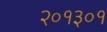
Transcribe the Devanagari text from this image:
२०१३०१